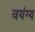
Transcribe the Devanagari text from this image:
वयंग्य